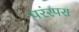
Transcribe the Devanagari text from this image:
परंरपरा